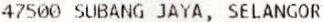
47500 SUBANG JAYA, SELANGOR